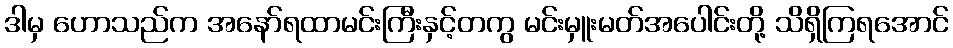
ဒါမှ ဟောသည်က အနော်ရထာမင်းကြီးနှင့်တကွ မင်းမှူးမတ်အပေါင်းတို့ သိရှိကြရအောင်